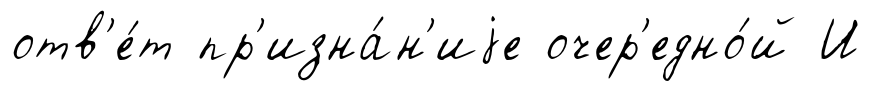
отв'е́т пр'изна́н'иjе очер'едно́й И